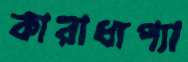
কারাধ্যপ্যা